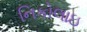
નિકોલાઇ